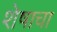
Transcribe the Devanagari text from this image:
शेषाचा